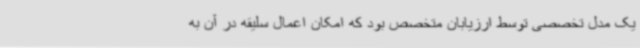
یک مدل تخصصی توسط ارزیابان متخصص بود که امکان اعمال سلیقه در آن به